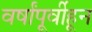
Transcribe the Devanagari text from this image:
वर्षांपूर्वीहून